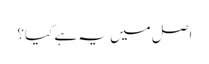
اصل میں یہ ہے کیا؟